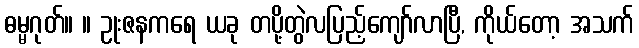
ဓမ္မဂုတ်။ ။ ဥုးဇနကရေ ယခု တပို့တွဲလပြည့်ကျော်လာပြီ, ကိုယ်တော့ အသက်